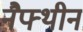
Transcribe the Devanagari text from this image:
नैफ्थीन